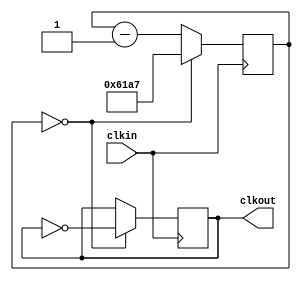
module clock_50M_to_1k(clkin,clkout);

reg [14:0] counter;
output reg clkout;
input clkin;
initial counter =0;
initial clkout = 0;

always @(posedge clkin) begin
    if (counter == 0) begin
        counter <= 24999;
        clkout <= ~clkout;
    end 
    else begin
        counter <= counter -1;
    end
end
endmodule